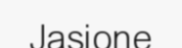
Jasione